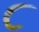
૮